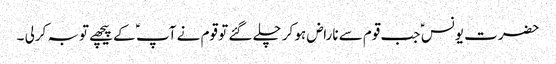
حضرت یونس ؑ جب قوم سے ناراض ہو کر چلے گئے تو قوم نے آپ ؑ کے پیچھے توبہ کرلی ۔